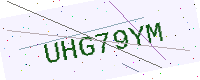
Text: UHG79YM